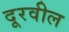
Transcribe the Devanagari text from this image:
दूरवील